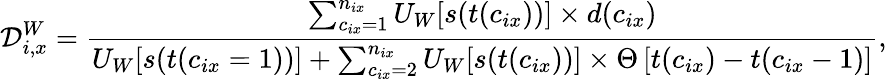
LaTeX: \mathcal{D}_{i,x}^{W}=\frac{\sum_{c_{ix}=1}^{n_{ix}}U_{W}[s(t(c_{ix}))]\times d(c_{ix})}{U_{W}[s(t(c_{ix}=1))]+\sum_{c_{ix}=2}^{n_{ix}}U_{W}[s(t(c_{ix}))]\times\Theta\left[t(c_{ix})-t(c_{ix}-1)\right]},